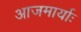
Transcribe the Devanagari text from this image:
आजमार्याः